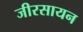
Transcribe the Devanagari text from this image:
जीरसायन